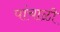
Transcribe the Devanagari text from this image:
पांचाळी